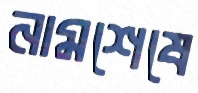
নামশেষে